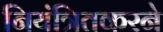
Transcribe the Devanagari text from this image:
नियंत्रितकरने